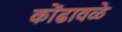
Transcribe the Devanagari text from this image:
कोंढावळे